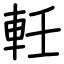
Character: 軠